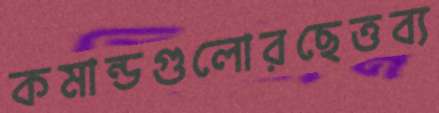
কমান্ডগুলোরছেত্তব্য